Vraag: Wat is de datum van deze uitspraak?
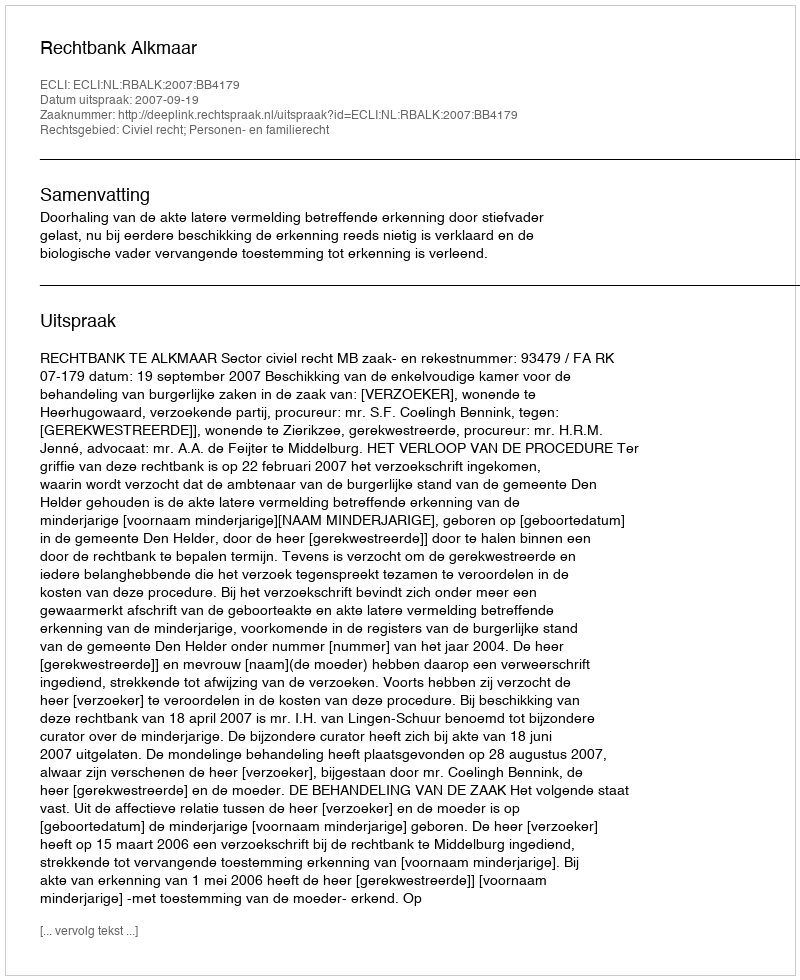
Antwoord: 2007-09-19